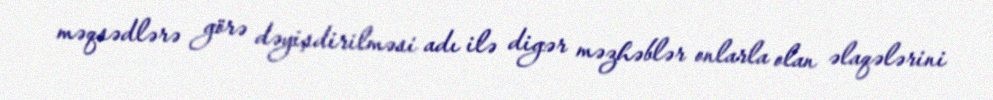
məqsədlərə görə dəyişdirilməsi adı ilə digər məzhəblər onlarla olan əlaqələrini